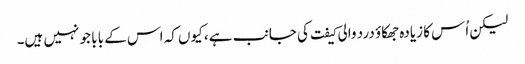
لیکن اُس کا زیادہ جھکاؤ درد والی کیفت کی جانب ہے، کیوں کہ اس کے بابا جو نہیں ہیں۔